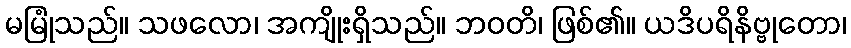
မမြုံသည်။ သဖလော၊ အကျိုးရှိသည်။ ဘဝတိ၊ ဖြစ်၏။ ယဒိပရိနိဗ္ဗုတော၊